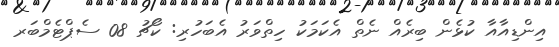
އިންޑިއާއާ ކުޅެން ބިރެއް ނެތް އެކަމަކު ހިތްވަރު އެބަހުރި: ކޯޗު 08 ސެޕްޓެމްބަރ